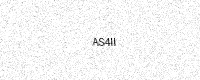
Text: AS4II